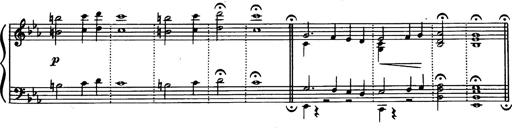
Title: Magyar dalok
Composer: Franz Liszt